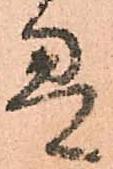
畳